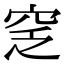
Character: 窆